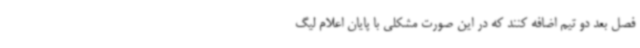
فصل بعد دو تیم اضافه کنند که در این صورت مشکلی با پایان اعلام لیگ